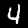
Label: 4